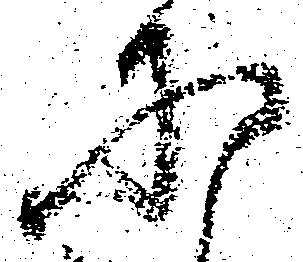
に